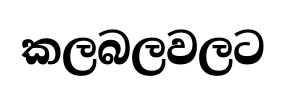
කලබලවලට